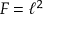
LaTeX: F = \ell ^ { 2 }